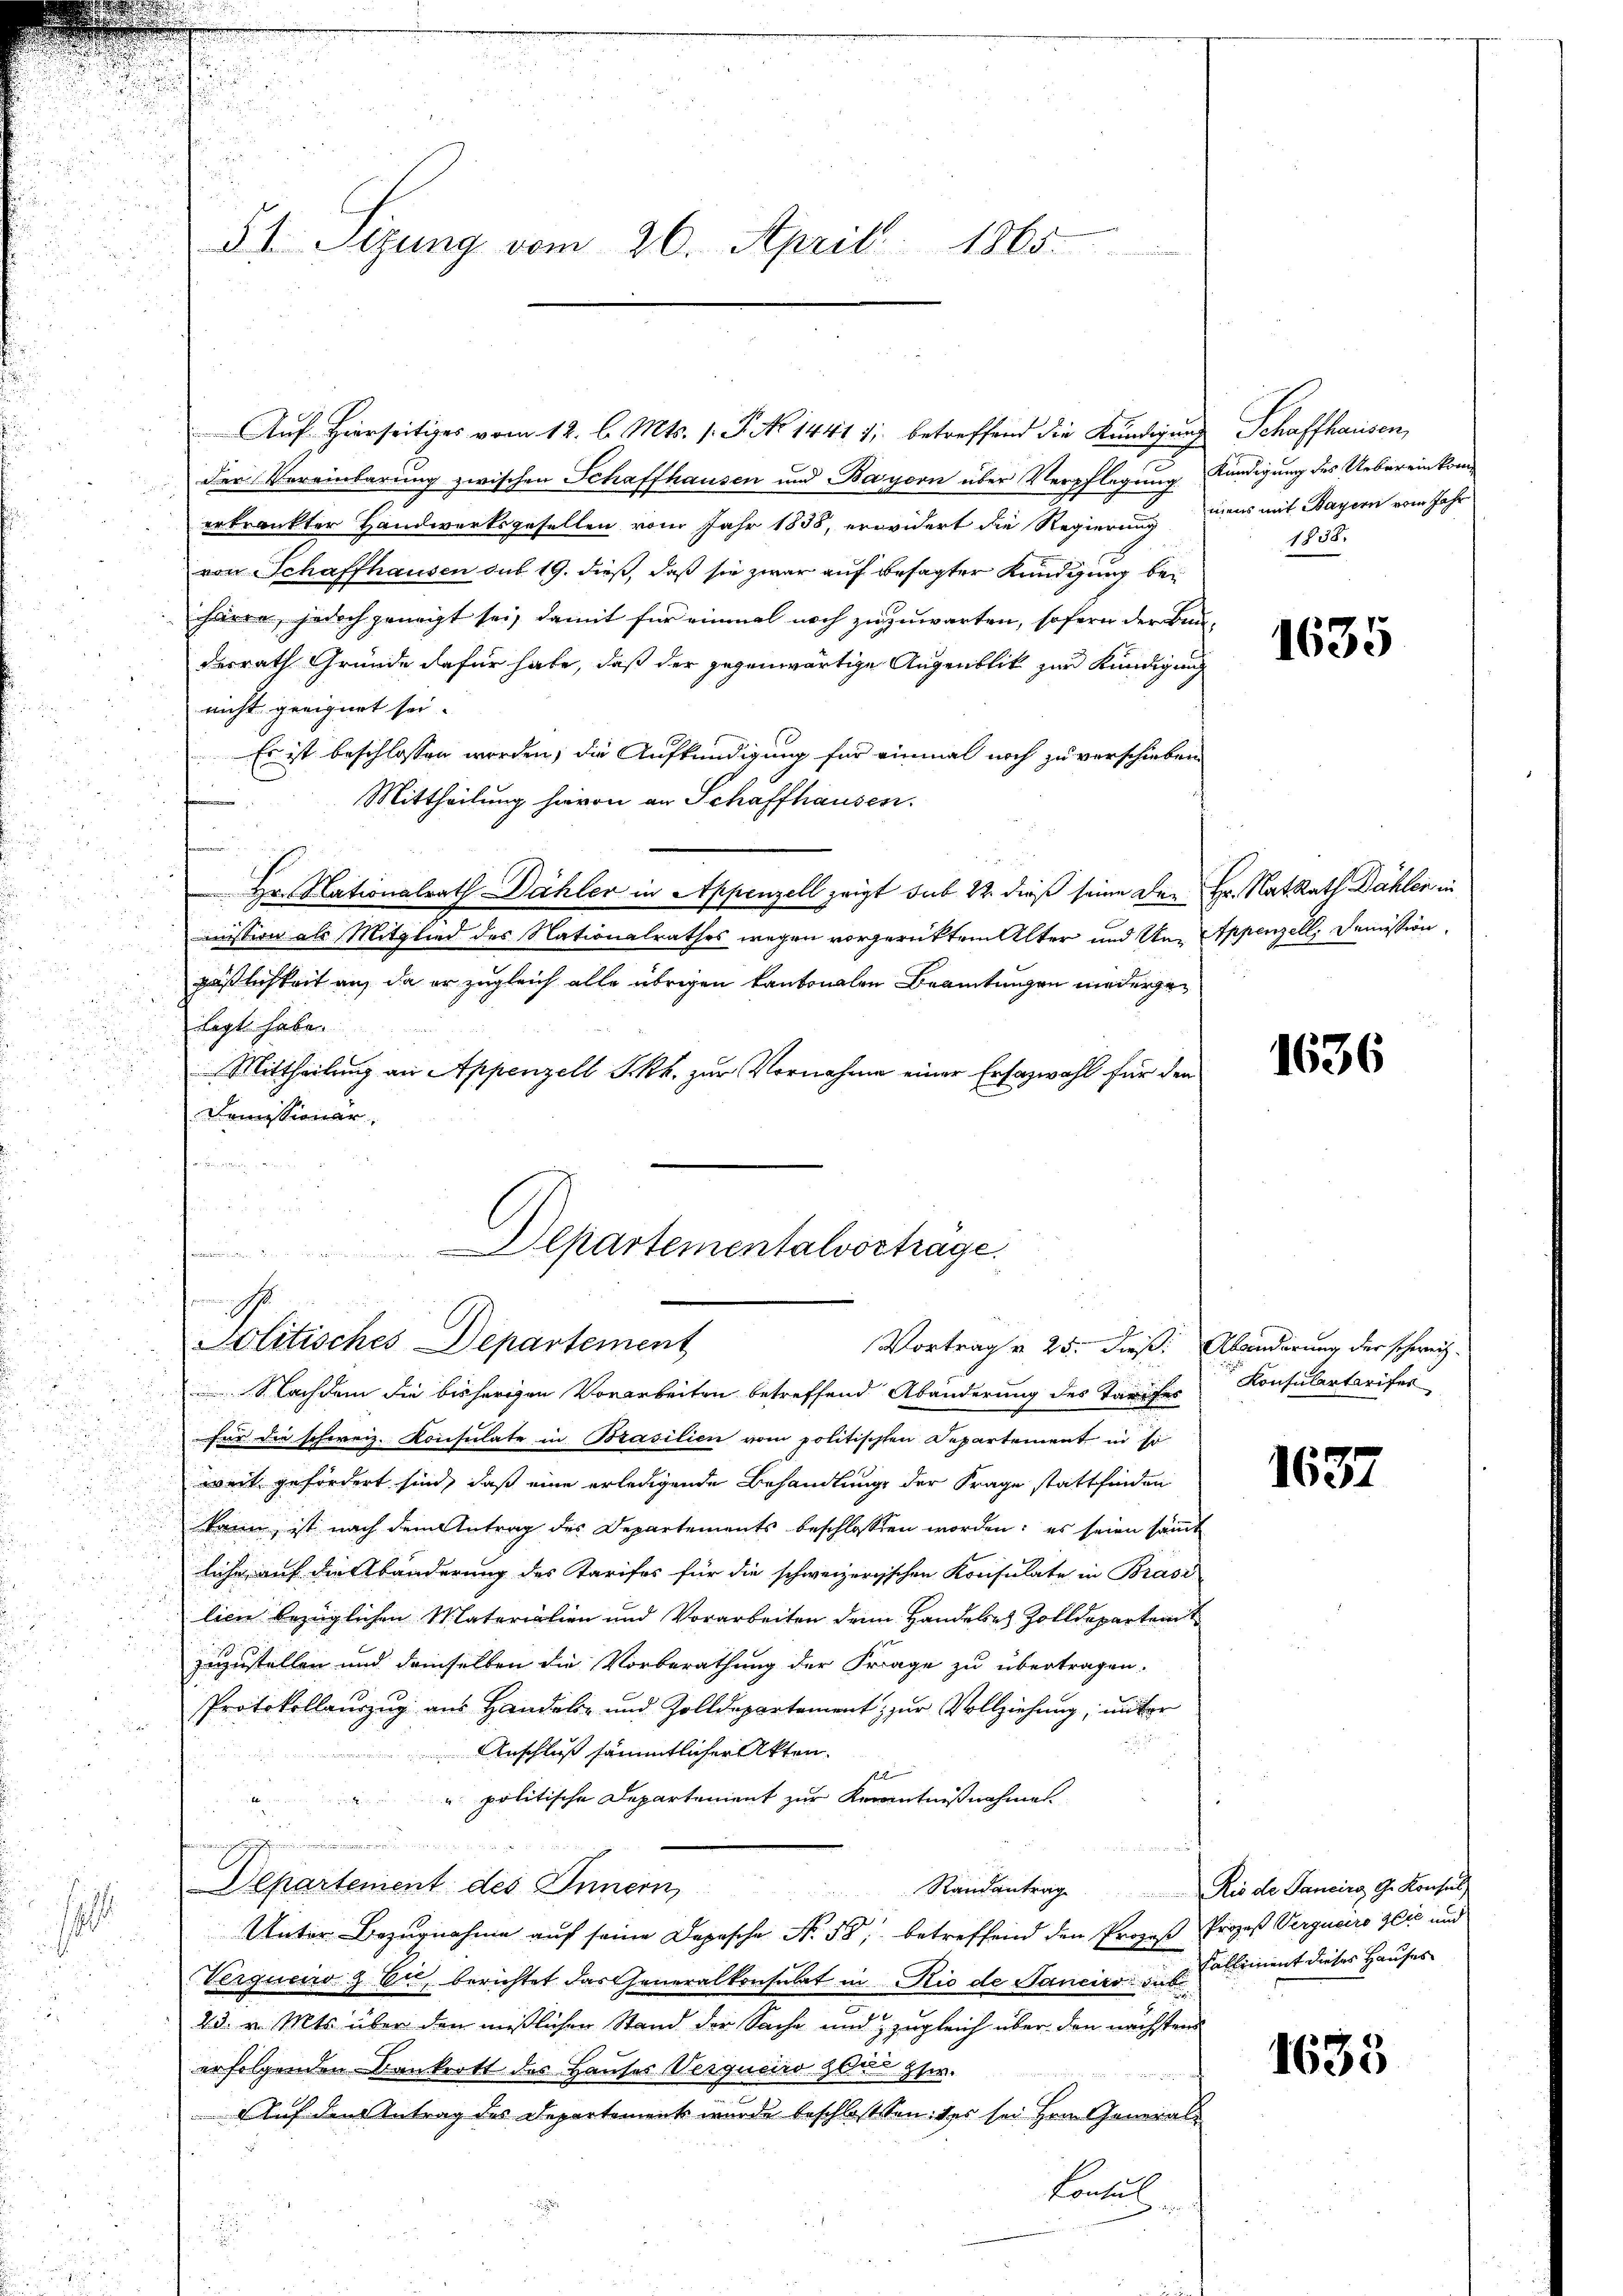
u

d
.
s

Auf Hierseitiges vom 12. l. Mts. 1. P. No 14411; betreffend die Kündigung Schaffhausen,
der Vereinbarung zwischen Schaffhausen und Bayern über Verpflegung Kündigung des Uebereinkomerkrankter Handwerksgesellen vom Jahr 1858, erwidert die Regierung zuers mit Bayern vom Jahr-
von Schaffhausen sub 19. dieß, daß sie zwar auf besagter Kündigung bei
härre, jedoch geneigt sei, damit für einmal noch zuzuwarten, sofern der Bauderrath Gründe dafür habe, daß der gegenwärtige Augenblik zur Kündigung
nicht geeignet sei.
Es ist beschlossen worden, die Aufkündigung für einmal noch zu verschieben
Mittheilung hievon an Schaffhausen.
Hr. Nationalrath Dähler in Appenzell zeigt sub 22 dieß seine Der Hr. Rat Rath Dählen in
mission als Mitglied des Nationalrathes wegen vorgerückten Alter und Un Appenzell, Demission
päßlichkeit auf da er zugleich alle übrigen kantonalen Beamtungen niedergelegt habe.
 Mittheilung an Appenzell Skk. zur Vornahme einer Erfazwahl für den
Demissionär

s

51 Sizung vom 26. April 1865.

Departementalvortrage.
t
.
Politisches Departement
Vortrag v. 25. dieß: Abänderung der schweiz.

Nachdem die bisherigen Vorarbeiten betreffend Abänderung des Tarifes
für die schweiz. Konsulate in Brasilien vom politischen Departement in se
weit gefordert sind, daß eine erledigende Behandlung der Frage stattfinden
u
kann, ist nach dem Antrag des Departements beschlossen worden: es seien sämmt
liche auf die Abänderung des Tarifes für die schweizerischen Konsulate in Brasi
lien bezüglichen Materialien und Vorarbeiten denn Handeles Zolldepartem
zuzustellen und demselben die Vorberathung der Frage zu übertragen.
Protokollaŭrzŭg aŭs Handels- und Zolldepartement zŭr Vollziehung, unter
Anschluß sämmtlicher Akten.
s
" politische Departement zur Kenntnißnahmen.
u
imes,
Departement des Innern,
Randantrag Rio de Sancina Ge Konsul,
Unter Bezugnahme auf seine Depesche No. 58, betreffend den Prozeß Prozeß Verguciro Ilić und
Vergucro & Cie, berichtet das Generalkonsulat in Rio de Sanciro das Colliment dieses Hauses
23. v. Mts. über den mißlichen Stand der Sache und zugleich über den nächsten
erfolgenden Bankrott des Hauses Verquero zu ster.
Auf den Antrag des Departement wurde beschlossten des sei Hrn. General¬
Contul
i

1858.

1635

1636

Konsulartarifer

1637

1638